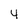
Character: 4